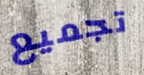
تجميع